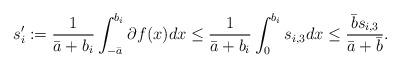
LaTeX: \begin{align*}s_{i}^{\prime}:=\frac{1}{\bar{a}+b_{i}}\int_{-\bar{a}}^{b_{i}}\partial f(x)dx\leq\frac{1}{\bar{a}+b_{i}}\int_{0}^{b_{i}}s_{i,3}dx\leq\frac{\bar{b}s_{i,3}}{\bar{a}+\bar{b}}.\end{align*}